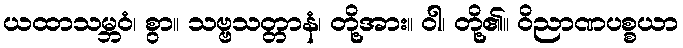
ယထာသမ္ဘဝံ၊ စွာ။ သဗ္ဗသတ္တာနံ၊ တို့အား။ ဝါ၊ တို့၏။ ဝိညာဏပစ္စယာ